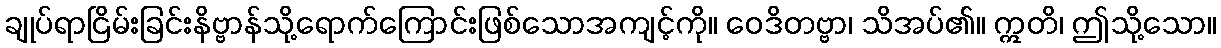
ချုပ်ရာငြိမ်းခြင်းနိဗ္ဗာန်သို့ရောက်ကြောင်းဖြစ်သောအကျင့်ကို။ ဝေဒိတဗ္ဗာ၊ သိအပ်၏။ ဣတိ၊ ဤသို့သော။